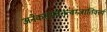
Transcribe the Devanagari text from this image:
अनेकसमवेतत्वम्जातिवर्त्त्य